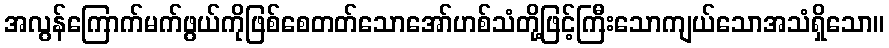
အလွန်ကြောက်မက်ဖွယ်ကိုဖြစ်စေတတ်သောအော်ဟစ်သံတို့ဖြင့်ကြီးသောကျယ်သောအသံရှိသော။